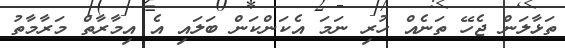
ތަޅާލަން ޖެހޭ ތަނެއް ހުރި ނަމަ އެކަންކަން ބަލައި އެ އިމާރާތް މަރާމާތު